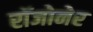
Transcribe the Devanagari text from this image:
रॉजोनेर